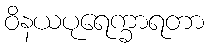
ဝိနယပုရေက္ခာရတာ